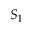
S _ { 1 }